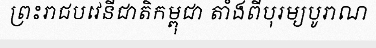
ព្រះរាជបវេនីជាតិកម្ពុជា តាំងពីបុរម្យបូរាណ